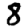
Digit: 8